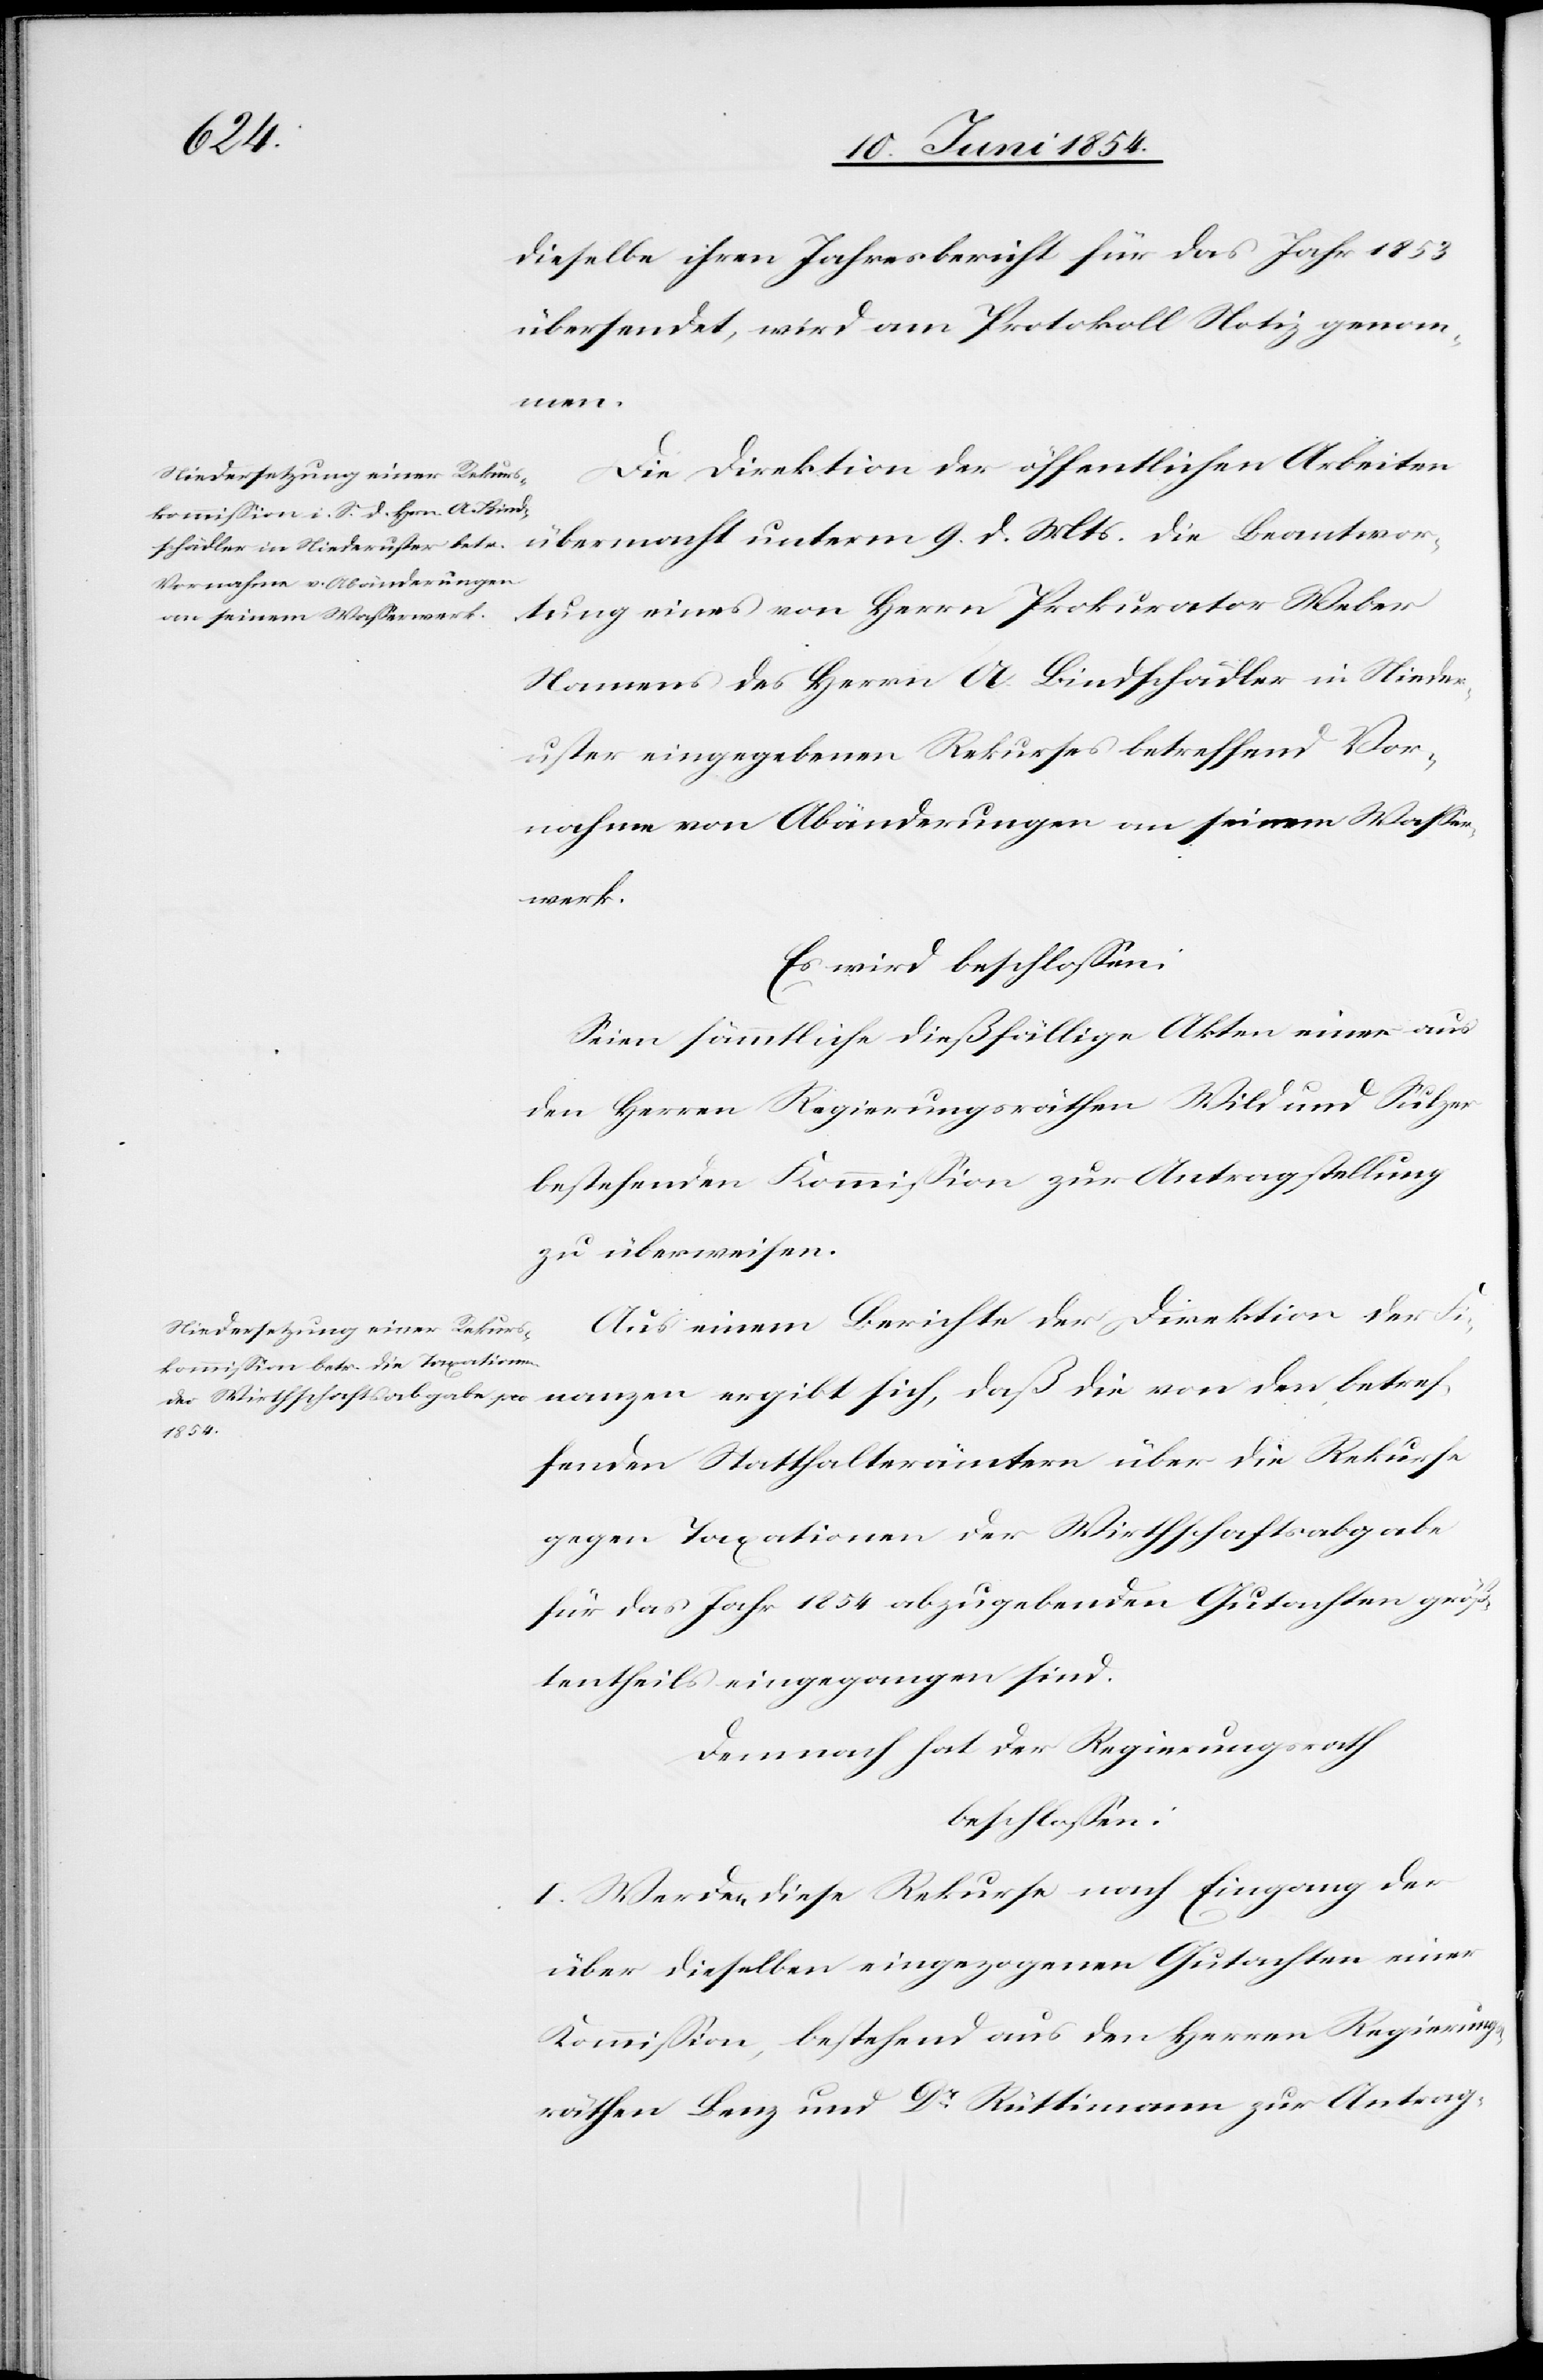
Beantwor¬
dieselbe in ihren Jahresbericht für das Jahr 1853
übersendet, wird am Protokoll Notiz genom¬
betref¬
Die Direktion der öffentlichen Arbeiten
tung eines von Herrn Prokurator Weber
Namens des Herrn A. Bindschädler in Nieder¬
uster eingegebenen Rekurses betreffend Vor¬
nahme von Abänderungen an seinem Waßer¬
werk.
Es wird beschloßen:
Seien sämmtliche dießfällige Akten einer aus
den Herren Regierungsräthen Wild und Sulzer
bestehenden Kommißion zur Antragstellung
zu überweisen.
Aus einem Berichte der Direktion der Fi¬
fenden Statthalterämtern über die Rekurse
gegen die Taxationen der Wirthschaftsabgabe
für das Jahr 1854 abzugebenden Gutachten größ¬
tentheils eingegangen sind.
Demnach hat der Regierungsrath
beschloßen:
I. Werden diese Rekurse nach Eingang der
über dieselben eingezogenen Gutachten einer
Kommißion, bestehend aus den Herren Regierungs¬
räthen Benz und Dr Rüttimann zur Antrag-